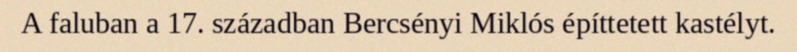
A faluban a 17. században Bercsényi Miklós építtetett kastélyt.